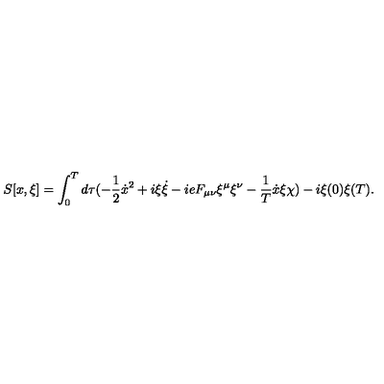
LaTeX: S [ x , \xi ] = \int _ { 0 } ^ { T } d \tau ( - \frac { 1 } { 2 } \dot { x } ^ { 2 } + i \xi \dot { \xi } - i e F _ { \mu \nu } \xi ^ { \mu } \xi ^ { \nu } - \frac { 1 } { T } \dot { x } \xi \chi ) - i \xi ( 0 ) \xi ( T ) .